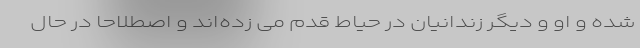
شده و او و دیگر زندانیان در حیاط قدم می زده‌اند و اصطلاحا در حال